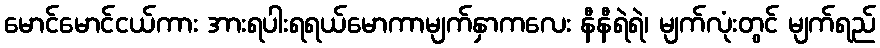
မောင်မောင်ငယ်ကား အားရပါးရရယ်မောကာမျက်နှာကလေး နီနီရဲရဲ၊ မျက်လုံးတွင် မျက်ရည်